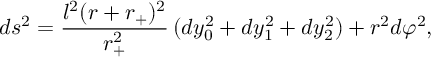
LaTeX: d s ^ { 2 } = \frac { l ^ { 2 } ( r + r _ { + } ) ^ { 2 } } { r _ { + } ^ { 2 } } \, ( d y _ { 0 } ^ { 2 } + d y _ { 1 } ^ { 2 } + d y _ { 2 } ^ { 2 } ) + r ^ { 2 } d \varphi ^ { 2 } ,